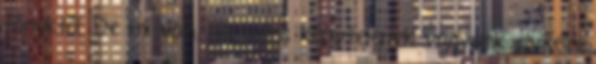
főnöktől. De mi van, ha mégis kénytelenek vagyunk elviselni